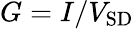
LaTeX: G=I/V_{\mathrm{SD}}